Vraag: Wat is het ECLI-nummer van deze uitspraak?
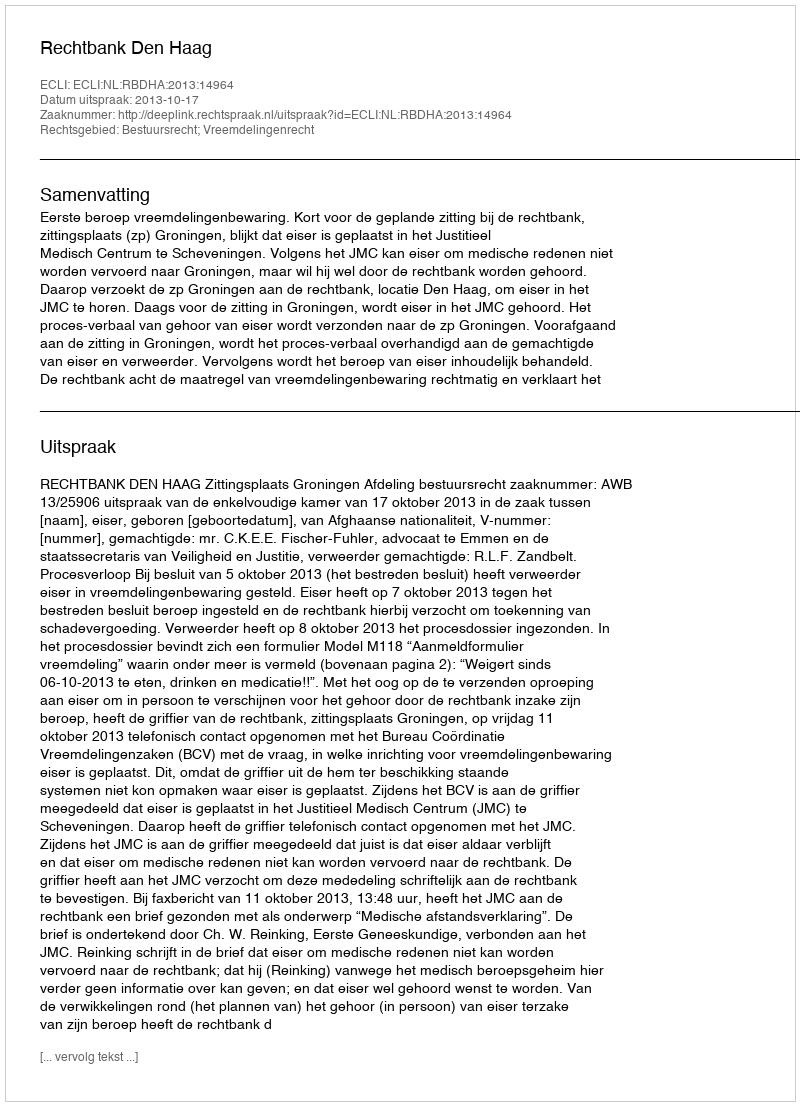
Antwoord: ECLI:NL:RBDHA:2013:14964